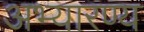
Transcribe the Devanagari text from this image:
अभ्यारण्य